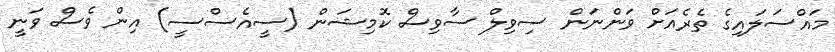
މައްސަލައިގެ ތެރެއަށް ވަންނަން ސިވިލް ސާވިސް ކޮމިޝަން (ސީއެސްސީ) އިން ވެސް ވަނީ